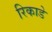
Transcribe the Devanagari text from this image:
रिकाडे